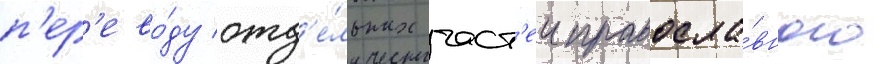
п'ер'ево́ду отд'е́льных част'еи правосла́вного